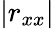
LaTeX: |r_{xx}|